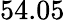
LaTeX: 54.05